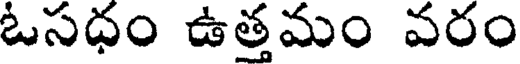
ఓసధం ఉత్తమం వరం